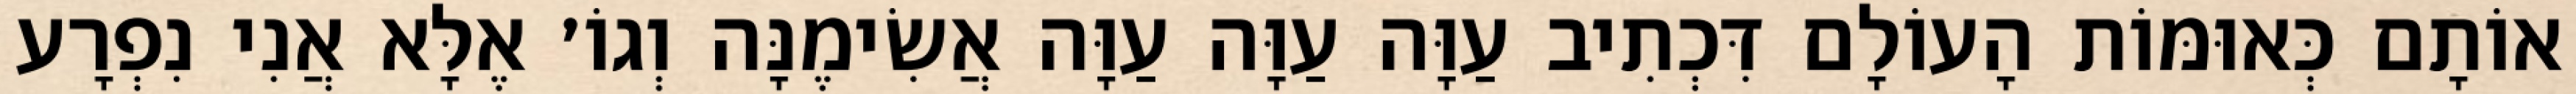
אוֹתָם כְּאוּמּוֹת הָעוֹלָם דִּכְתִיב עַוָּה עַוָּה עַוָּה אֲשִׂימֶנָּה וְגוֹ׳ אֶלָּא אֲנִי נִפְרָע